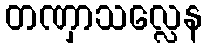
တဏှာသလ္လေန